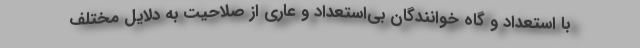
با استعداد و گاه خوانندگان بی‌استعداد و عاری از صلاحیت به دلایل مختلف